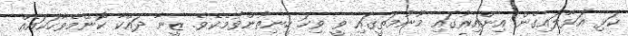
ކަޅި އަޅާލައިގެން އިންއިރުގައި މޫނުމަތީގައި ވީ ވިހަ ހިނިތުންވުމެކެވެ. ޒީނާ ދައްކާ ކޮންމެވާހަކައެއް